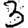
Digit: 3